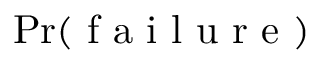
\operatorname* { P r } ( \mathrm { ~ f ~ a ~ i ~ l ~ u ~ r ~ e ~ } )